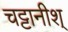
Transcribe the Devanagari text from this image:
चट्टानीश्